Report on inoculation in the plague infected areas of the Punjab and its dependencies from October 1900 to September 1901
Year: 1900
Disease focus: Plague
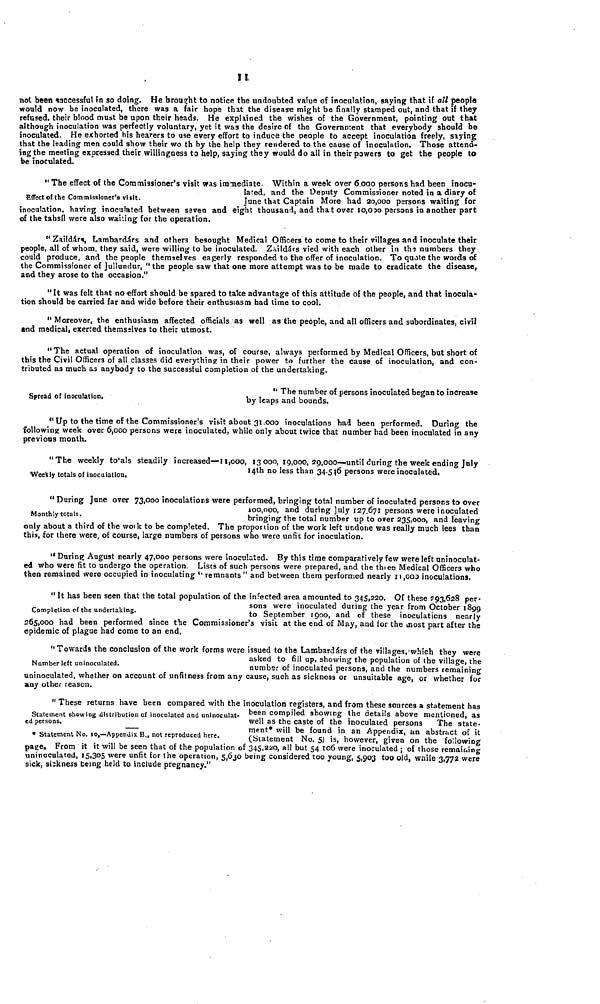
11
not been successful in so doing. He brought to notice the undoubted value of inoculation, saying that if all people
would now be inoculated, there was a fair hope that the disease might be finally stamped out, and that if they
refüsed, their blood must be upon their heads. He explained the wishes of the Government, pointing out that
although inoculation was perfectly voluntary, yet it was the desire of the Government that everybody should be
inoculated. He exhorted his hearers to use every effort to induce the people to accept inoculation freely, saying
that the leading men could show their wo th by the help they rendered to the cause of inoculation. Those attend-
ing the meeting expressed their willingness to help, saying they would do all in their powers to get the people to
be inoculated.
Effect of the Commissioner's visit.
" The effect of the Commissioner's visit was imtiediate Within a week over 60000 persons had been inocu-
lated, and the Deputy Commissioner noted in a diary of
June that Captain More had 20,000 persons waiting for
inoculation, having inoculated between seven and eight thousand, and that over 10,000 persons in another part
of the tahsíl were also waiting for the operation.
"Zaildárs, Lambardárs and others besought Medical Officers to come to their villages and inoculate their
people, all of whom, they said, were willing to be inoculated. Zaildárs vied with each other in the numbers they
could produce, and the people themselves eagerly responded to the offer of inoculation. To quote the words of
the Commissioner of Jullundur, " the people saw that one more attempt was to be made to eradicate the disease,
and they arose to the occasion."
"It was felt that no effort should be spared to take advantage of this attitude of the people, and that inocula-
tion should be carried far and wide before their enthusiasm had time to cool.
" Moreover, the enthusiasm affected officials as well as the people, and all officers and subordinates, civil
and medical, exerted themselves to their utmost.
"The actual operation of inoculation was, of course, always performed by Medical Officers, but short of
this the Civil Officers of all classes did everything in their power to further the cause of inoculation, and con-
tributed as much as anybody to the successful completion of the undertaking.
Spread of inoculation.
" The number of persons inoculated began to increase
by leaps and bounds.
" Up to the time of the Commissioner's visit about 31000 inoculations had been performed. During the
following week over 6,000 persons were inoculated, while only about twice that number had been inoculated in any
previous month.
Weekly totals of inoculation.
"The weekly totals steadily increased—11,000, 13000, 19,000, 29,000—until during the week ending July
14th no less than 34 546 persons were inoculated.
Monthly totals.
" During June over 73,000 inoculations were performed, bringing total number of inoculated persons to over
100,000, and during July 127,671 persons were inoculated
bringing the total number up to over 235.000, and leaving
only about a third of the work to be completed. The proportion of the work left undone was really much lees than
this, for there were, of course, large numbers of persons who were unfit for inoculation,
"During August nearly 47,000 persons were inoculated. By this time comparatively few were left uninoculat-
ed who were fit to undergo the operation Lists of such persons were prepared, and the three Medical Officers who
then remained were occupied in inoculating "remnants" and between them performed nearly 11,000 inoculations,
Completion of the undertaking.
"It has been seen that the total population of the infected area amounted to 345,220. Of these 293,628 per-
sons were inoculated during the year from October 1899
to September 1900, and of these inoculations nearly
265,000 had been performed since the Commissioner's visit at the end of May, and for the most part after the
epidemic of plague had come to an end.
Number left uninoculated.
"Towards the conclusion of the work forms were issued to the Lambardárs of the villages, which they were
asked to fill up, showing the population of the village, the
number of inoculated persons, and the numbers remaining
uninoculated, whether on account of unfitness from any cause, such as sickness or unsuitable age, or whether for
any other reason.
Statement showing distribution of inoculated and uninoculat-
ed persons.
• Statement No. 10,—Appendix B., not reproduced here.
" These returns have been compared with the inoculation registers, and from these sources a statement has
been compiled showing the details above mentioned, as
well as the caste of the inoculated persons
The state-
ment* will be found in an Appendix, an abstract of it
(Statement No. 5) is, however, given on the following
page. From it it will be seen that of the population of 345,220, all but 54 106 were inoculated ; of those remaining
uninoculated, 15,305 were unfit for the operation, 5,630 being considered too young, 5,903 too old, while 3,772 were
sick, siskness being held to include pregnancy."